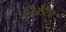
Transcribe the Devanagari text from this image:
लिअँडरचा